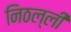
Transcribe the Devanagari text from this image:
निठल्ली